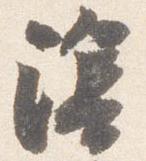
陰